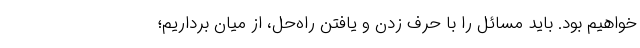
خواهیم بود. باید مسائل را با حرف زدن و یافتن راه‌حل، از میان برداریم؛